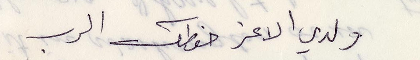
ولدي الاعز حفظك الرب